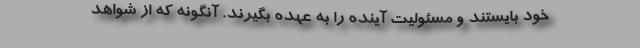
خود بایستند و مسئولیت آینده را به عهده بگیرند. آنگونه که از شواهد